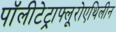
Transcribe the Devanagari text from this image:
पॉलीटेट्राफ्लूरोएथिलीन